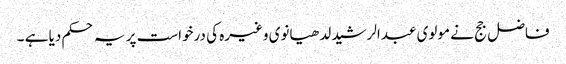
فاضل جج نے مولوی عبدالرشید لدھیانوی وغیرہ کی درخواست پر یہ حکم دیا ہے ۔